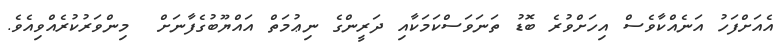
އެއަށްފަހު އަނެއްކާވެސް އިހަށްވުރެ ބޮޑު ތަނަވަސްކަމަކާއި ދަރީންގެ ނިޢުމަތް އައްޔޫބުގެފާނަށް  މިންވަރުކުރެއްވިއެވެ.